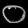
Digit: ၀